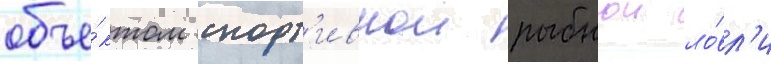
объе́ктом спорт'ивнои рыбнои ло́вл'и